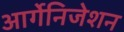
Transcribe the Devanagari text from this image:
आर्गेनिजेशन